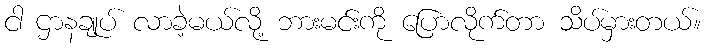
ငါ ဌာနချုပ် လာခဲ့မယ်လို့ ဘားမင်းကို ပြောလိုက်တာ သိပ်မှားတယ်။